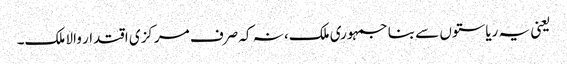
یعنی یہ ریاستوں سے بنا جمہوری‎ ملک، نہ کہ صرف مرکزی اقتدار والا ملک۔